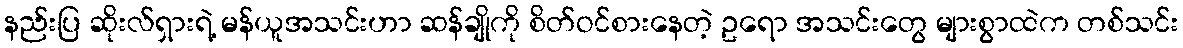
နည်းပြ ဆိုးလ်ရှားရဲ့ မန်ယူအသင်းဟာ ဆန်ချိုကို စိတ်ဝင်စားနေတဲ့ ဥရော အသင်းတွေ များစွာထဲက တစ်သင်း